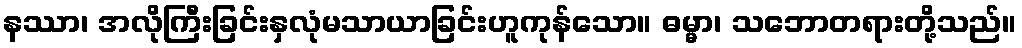
နဿာ၊ အလိုကြီးခြင်းနှလုံမသာယာခြင်းဟူကုန်သော။ ဓမ္မာ၊ သဘောတရားတို့သည်။